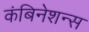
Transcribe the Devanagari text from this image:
कंबिनेशन्स